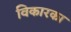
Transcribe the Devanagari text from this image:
विकारका